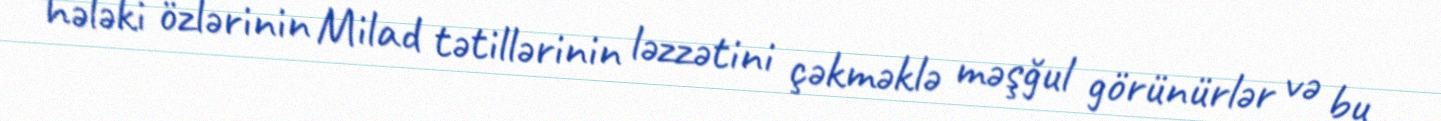
hələki özlərinin Milad tətillərinin ləzzətini çəkməklə məşğul görünürlər və bu